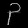
Digit: ၃